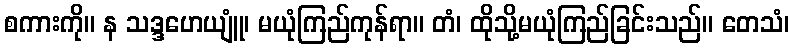
စကားကို။ န သဒ္ဒဟေယျူံ၊ မယုံကြည်ကုန်ရာ။ တံ၊ ထိုသို့မယုံကြည်ခြင်းသည်။ တေသံ၊